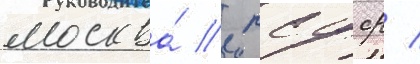
москва́ / рсфср /